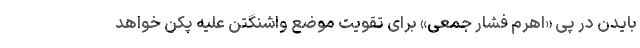
بایدن در پی «اهرم فشار جمعی» برای تقویت موضع واشنگتن علیه پکن خواهد